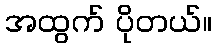
အထွက် ပိုတယ်။